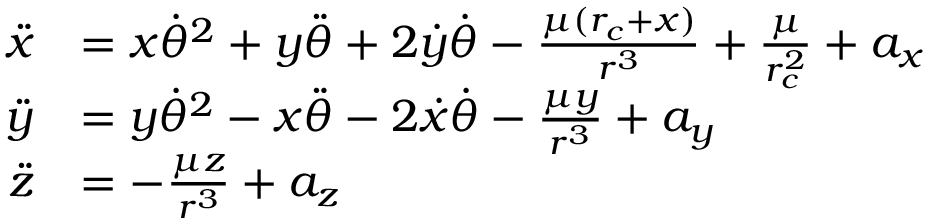
\begin{array} { r l } { \ddot { x } } & { = x \dot { \theta } ^ { 2 } + y \ddot { \theta } + 2 \dot { y } \dot { \theta } - \frac { \mu ( r _ { c } + x ) } { r ^ { 3 } } + \frac { \mu } { r _ { c } ^ { 2 } } + a _ { x } } \\ { \ddot { y } } & { = y \dot { \theta } ^ { 2 } - x \ddot { \theta } - 2 \dot { x } \dot { \theta } - \frac { \mu y } { r ^ { 3 } } + a _ { y } } \\ { \ddot { z } } & { = - \frac { \mu z } { r ^ { 3 } } + a _ { z } } \end{array}